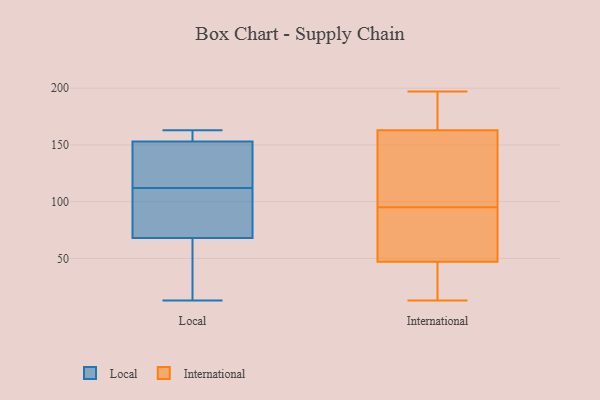
{"axis": {"x": "Gross Profit (USD K)", "y": "Value"}, "legend": ["International", "Local"], "data": [{"x": "", "y": 163, "type": "Local"}, {"x": "", "y": 153, "type": "Local"}, {"x": "", "y": 68, "type": "Local"}, {"x": "", "y": 13, "type": "Local"}, {"x": "", "y": 84, "type": "Local"}, {"x": "", "y": 162, "type": "Local"}, {"x": "", "y": 121, "type": "Local"}, {"x": "", "y": 121, "type": "Local"}, {"x": "", "y": 103, "type": "Local"}, {"x": "", "y": 40, "type": "Local"}, {"x": "", "y": 18, "type": "International"}, {"x": "", "y": 148, "type": "International"}, {"x": "", "y": 151, "type": "International"}, {"x": "", "y": 81, "type": "International"}, {"x": "", "y": 158, "type": "International"}, {"x": "", "y": 87, "type": "International"}, {"x": "", "y": 197, "type": "International"}, {"x": "", "y": 63, "type": "International"}, {"x": "", "y": 13, "type": "International"}, {"x": "", "y": 103, "type": "International"}, {"x": "", "y": 24, "type": "International"}, {"x": "", "y": 179, "type": "International"}, {"x": "", "y": 24, "type": "International"}, {"x": "", "y": 31, "type": "International"}, {"x": "", "y": 85, "type": "International"}, {"x": "", "y": 145, "type": "International"}, {"x": "", "y": 80, "type": "International"}, {"x": "", "y": 181, "type": "International"}, {"x": "", "y": 168, "type": "International"}, {"x": "", "y": 176, "type": "International"}]}